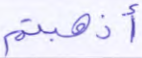
أذهبتم